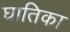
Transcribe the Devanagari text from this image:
घातिका